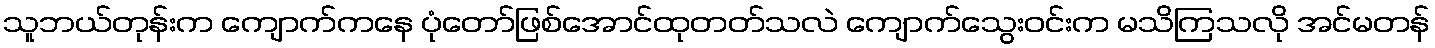
သူဘယ်တုန်းက ကျောက်ကနေ ပုံတော်ဖြစ်အောင်ထုတတ်သလဲ ကျောက်သွေးဝင်းက မသိကြသလို အင်မတန်